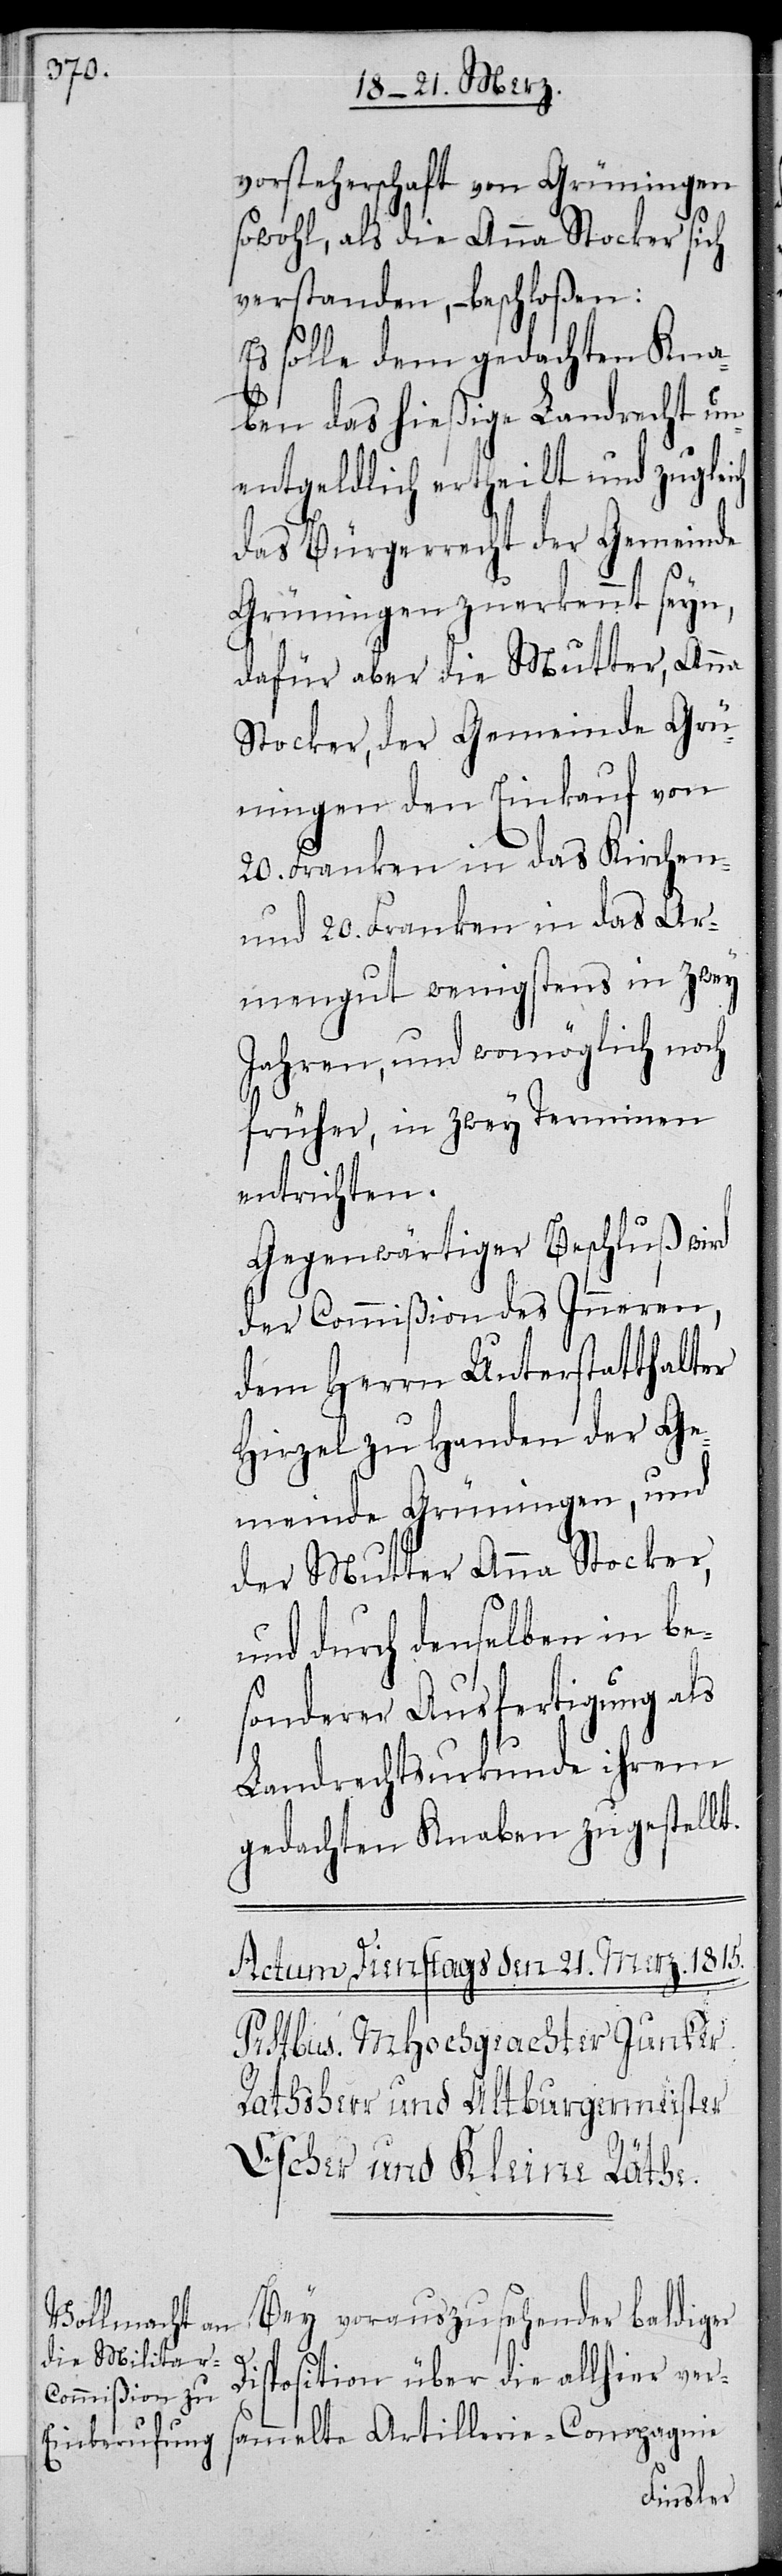
vorsteherschaft von Grünigen
sowohl, als die Anna Stocker sich
verstanden, – beschloßen:
Es solle dem gedachten Kna¬
ben das hießige Landrecht un¬
entgeldlich ertheilt und zugleich
das Bürgerrecht der Gemeinde
Grüningen zuerkannt seyn,
dafür aber die Mutter, Anna
Stocker, der Gemeinde Grü¬
ningen den Einkauf von
20. Franken in das Kirchen-
und 20. Franken in das Ar¬
mengut wenigstens in zwey
Jahren, und womöglich noch
früher, in zwey Terminen
entrichten.
Gegenwärtiger Beschluß wird
der Commißion des Inneren,
dem Herrn Unterstatthalter
Hirzel zu Handen der Ge¬
meinde Grüningen, und
der Mutter Anna Stocker,
und durch denselben in be¬
sonderer Ausfertigung als
Landrechtsurkunde ihrem
gedachten Knaben zugestellt.
Disposition über die allhier vers¬
ammelte Artillerie-Compagnie